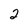
Character: 2